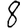
Digit: 8